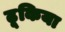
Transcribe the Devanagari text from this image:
ढूकिया